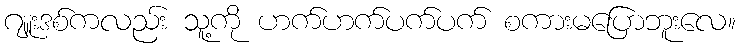
ဂျူးဒစ်ကလည်း သူ့ကို ဟက်ဟက်ပက်ပက် စကားမပြောဘူးလေ။